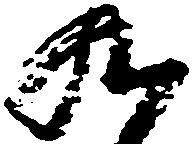
九